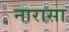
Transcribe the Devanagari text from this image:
नारासा